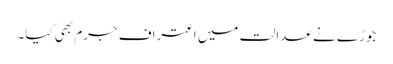
جوڑے نے عدالت میں اعتراف جرم بھی کیا۔